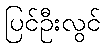
ပြင်ဦးလွင်